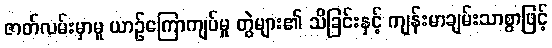
ဇာတ်လမ်းမှာမူ ယာဉ်ကြောကျပ်မှု တွဲများ၏ သိခြင်းနှင့် ကျန်းမာချမ်းသာစွာဖြင့်